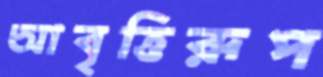
আবৃত্তিরূপ